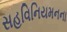
સહવિનિયમનના